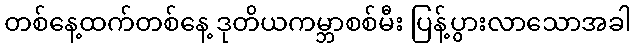
တစ်နေ့ထက်တစ်နေ့ ဒုတိယကမ္ဘာစစ်မီး ပြန့်ပွားလာသောအခါ